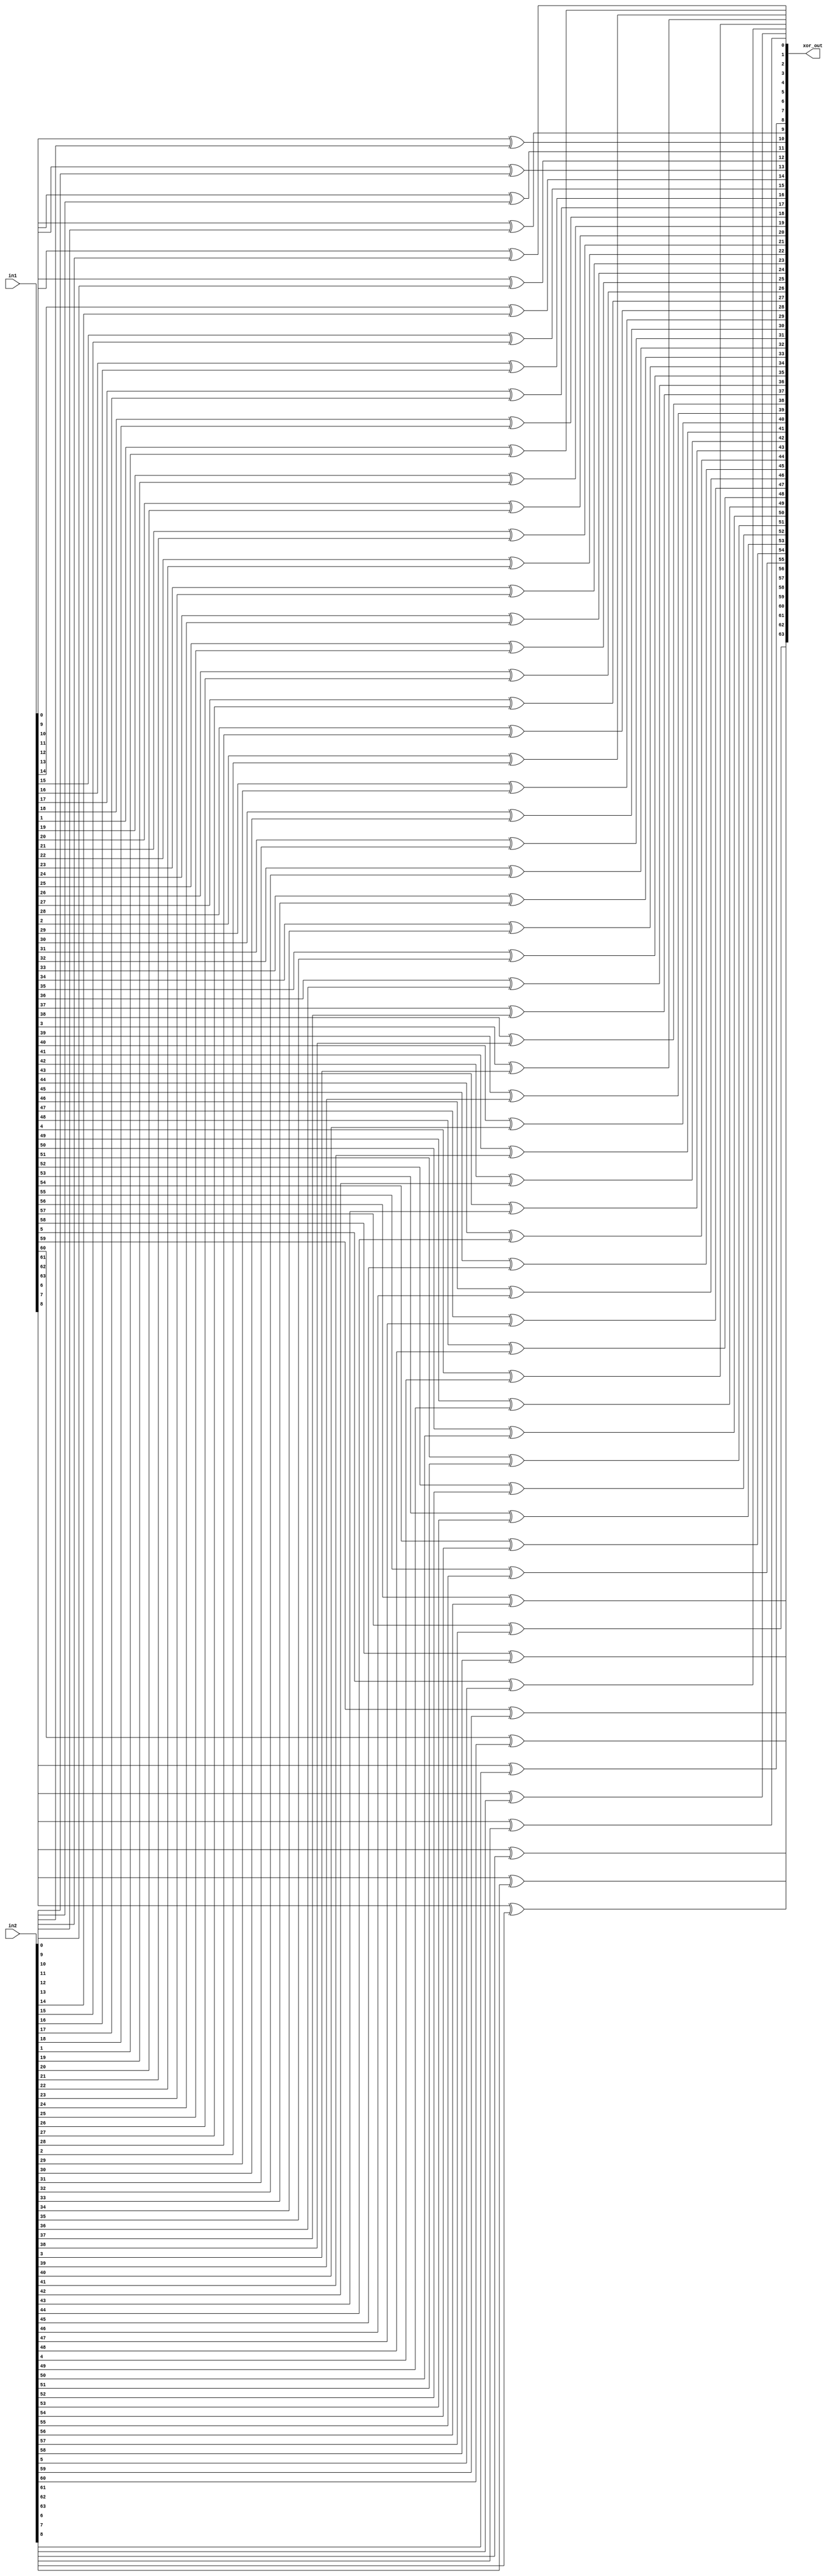
module alu_xor_64 (in1, in2, xor_out);
input signed [63:0] in1, in2;
output signed [63:0] xor_out;
genvar i;
generate
    for(i=0;i<64;i=i+1)
    begin
        xor(xor_out[i], in1[i], in2[i]);
    end
endgenerate    
endmodule